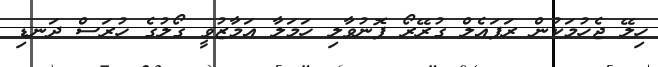
ހިލޭ ޖެހުމަކުން ރަފައެލް ގުރޭރޯ ފޮނުވާލި ހަމަލާ އަމާޒުވީ ގޯލުގެ ހުރަސް ދަނޑި